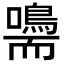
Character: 𡄠